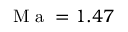
\mathrm { ~ M ~ a ~ } = 1 . 4 7